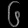
Digit: ၆